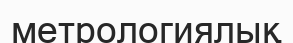
метрологиялық